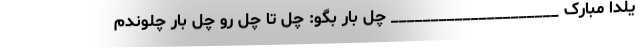
یلدا مبارک _____________________ چل بار بگو: چل تا چل رو چل بار چلوندم